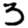
Digit: 3